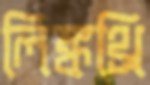
লিঙ্কথ্রি